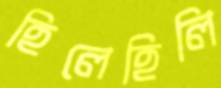
হিলেহিলি